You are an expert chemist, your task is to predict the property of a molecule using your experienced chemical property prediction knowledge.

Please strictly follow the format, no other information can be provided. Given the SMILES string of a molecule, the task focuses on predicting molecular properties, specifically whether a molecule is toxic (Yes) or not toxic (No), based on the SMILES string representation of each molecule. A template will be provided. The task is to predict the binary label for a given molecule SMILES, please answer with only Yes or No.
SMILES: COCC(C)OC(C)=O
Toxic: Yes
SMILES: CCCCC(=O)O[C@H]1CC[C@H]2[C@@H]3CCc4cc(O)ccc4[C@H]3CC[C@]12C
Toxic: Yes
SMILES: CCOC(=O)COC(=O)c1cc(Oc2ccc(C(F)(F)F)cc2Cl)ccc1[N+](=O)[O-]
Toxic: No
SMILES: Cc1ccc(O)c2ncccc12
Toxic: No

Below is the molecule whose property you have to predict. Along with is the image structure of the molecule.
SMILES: C#C[C@]1(O)CC[C@H]2[C@@H]3CCC4=CC(=O)CC[C@]4(C)[C@H]3CC[C@@]21C
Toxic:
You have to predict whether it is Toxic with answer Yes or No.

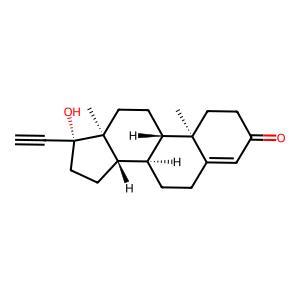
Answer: Yes